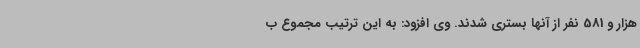
هزار و 581 نفر از آنها بستری شدند. وی افزود: به این ترتیب مجموع ب